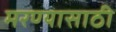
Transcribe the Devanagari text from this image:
मरण्यासाठी